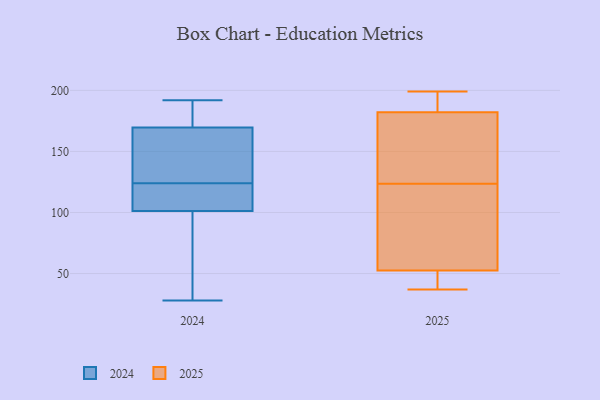
{"axis": {"x": "Market Share (%)", "y": "Value"}, "legend": ["2024", "2025"], "data": [{"x": "", "y": 63, "type": "2025"}, {"x": "", "y": 181, "type": "2025"}, {"x": "", "y": 42, "type": "2025"}, {"x": "", "y": 118, "type": "2025"}, {"x": "", "y": 190, "type": "2025"}, {"x": "", "y": 37, "type": "2025"}, {"x": "", "y": 39, "type": "2025"}, {"x": "", "y": 183, "type": "2025"}, {"x": "", "y": 129, "type": "2025"}, {"x": "", "y": 135, "type": "2025"}, {"x": "", "y": 199, "type": "2025"}, {"x": "", "y": 71, "type": "2025"}, {"x": "", "y": 28, "type": "2024"}, {"x": "", "y": 123, "type": "2024"}, {"x": "", "y": 61, "type": "2024"}, {"x": "", "y": 183, "type": "2024"}, {"x": "", "y": 185, "type": "2024"}, {"x": "", "y": 141, "type": "2024"}, {"x": "", "y": 149, "type": "2024"}, {"x": "", "y": 167, "type": "2024"}, {"x": "", "y": 192, "type": "2024"}, {"x": "", "y": 177, "type": "2024"}, {"x": "", "y": 124, "type": "2024"}, {"x": "", "y": 137, "type": "2024"}, {"x": "", "y": 108, "type": "2024"}, {"x": "", "y": 78, "type": "2024"}, {"x": "", "y": 84, "type": "2024"}, {"x": "", "y": 113, "type": "2024"}, {"x": "", "y": 107, "type": "2024"}]}